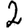
Digit: 2